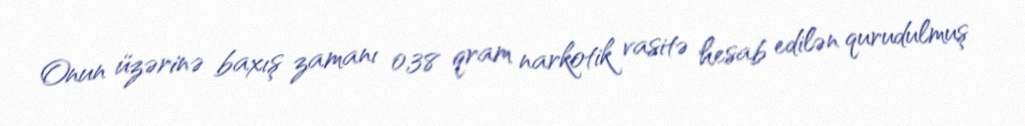
Onun üzərinə baxış zamanı 0,38 qram narkotik vasitə hesab edilən qurudulmuş